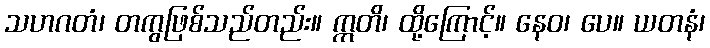
သဟဂတံ၊ တကွဖြစ်သည်တည်း။ ဣတိ၊ ထို့ကြောင့်။ နေဝ၊ ပေ။ ယတနံ၊